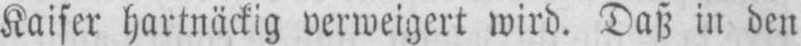
Kaiser hartnäckig verweigert wird. Daß in den